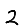
Digit: 2